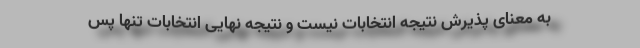
به معنای پذیرش نتیجه انتخابات نیست و نتیجه نهایی انتخابات تنها پس